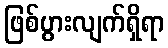
ဖြစ်ပွားလျက်ရှိရာ